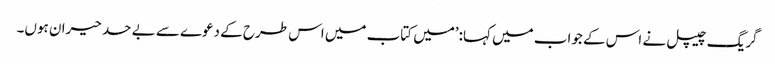
گریگ چیپل نے اس کے جواب میں کہا:’میں کتاب میں اس طرح کے دعوے سے بے حد حیران ہوں۔